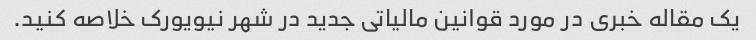
یک مقاله خبری در مورد قوانین مالیاتی جدید در شهر نیویورک خلاصه کنید.